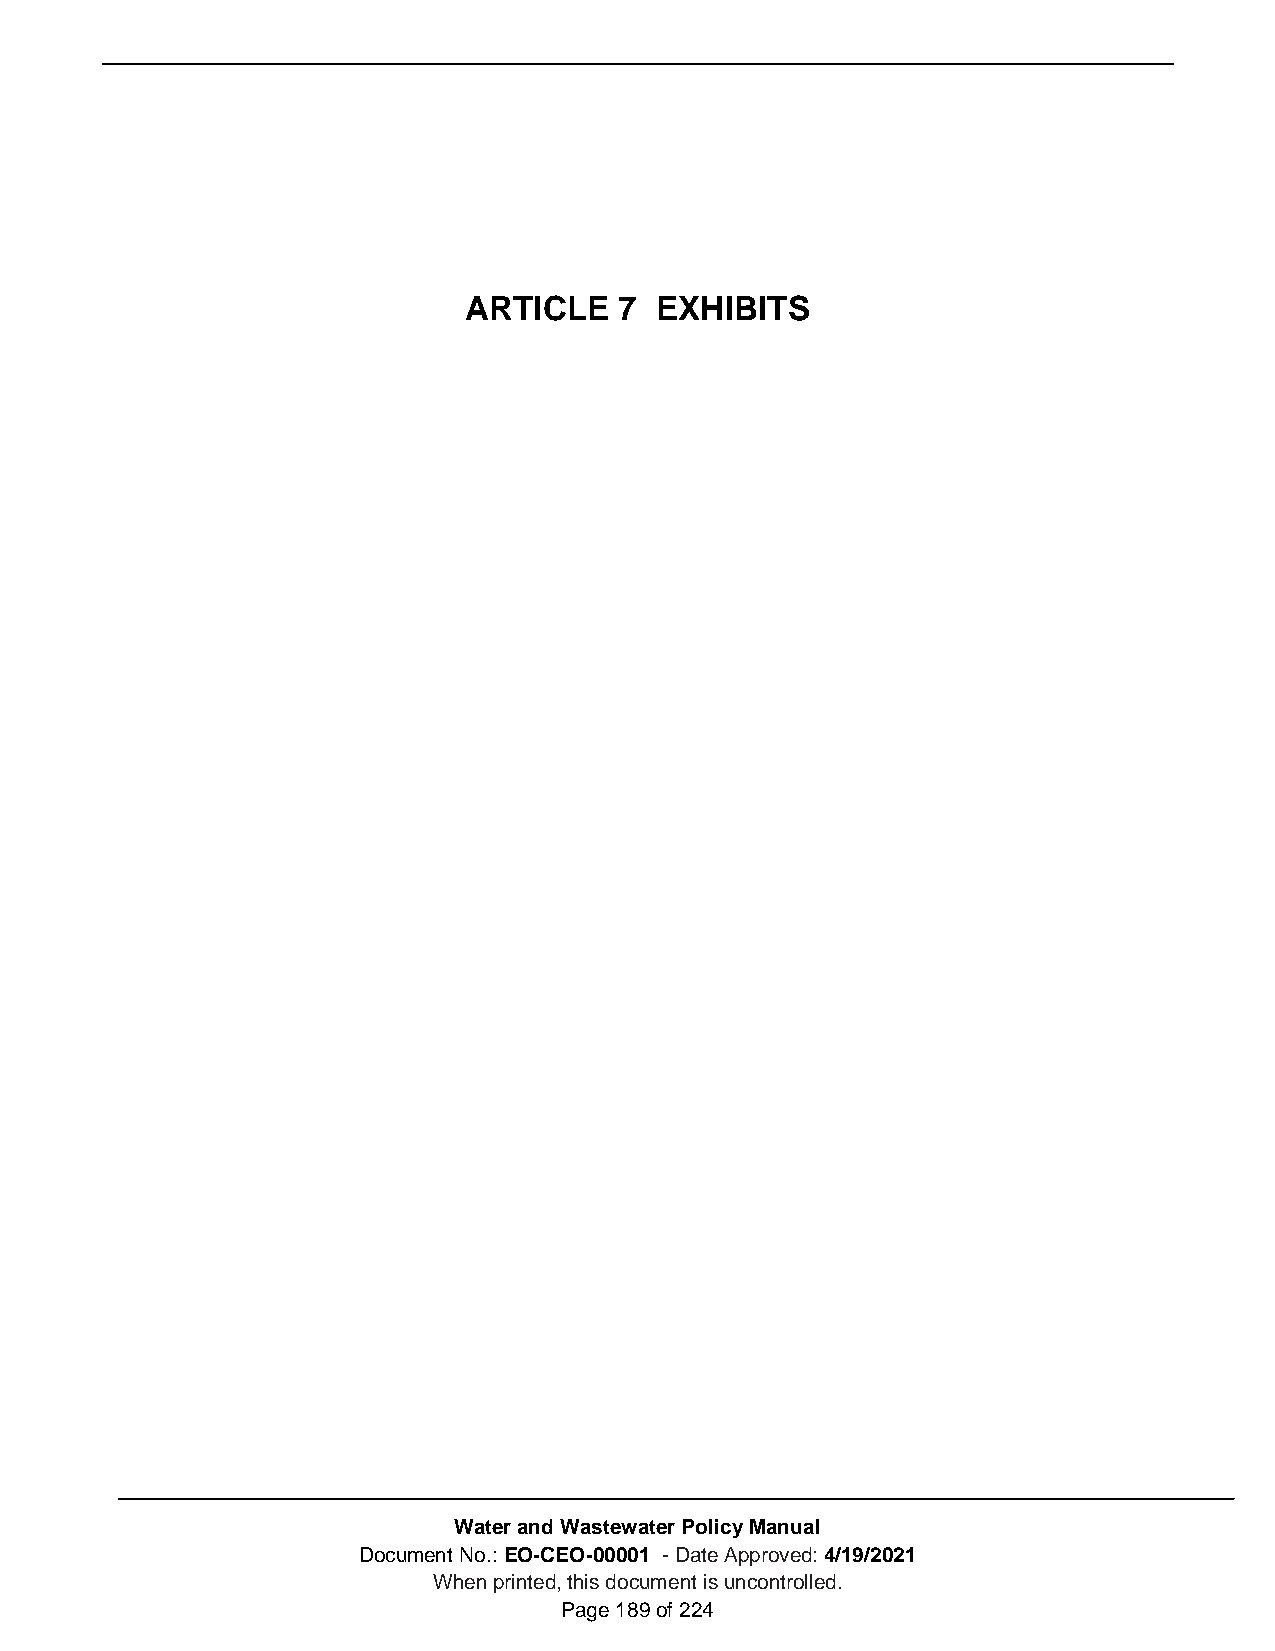
ARTICLE   7 EXHIBITS
 Water and Wastewater Policy Manual
 Document No.: EO-CEO-00001 - Date Approved: 4/19/2021
 When printed, this document is uncontrolled.
 Page 189 of 224